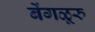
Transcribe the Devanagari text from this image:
बेंगळूरु